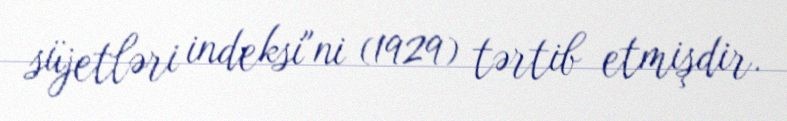
süjetləri indeksi"ni (1929) tərtib etmişdir.